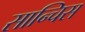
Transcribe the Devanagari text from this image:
सान्चिस